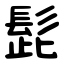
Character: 髭